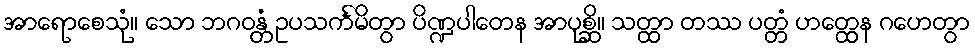
အာရောစေသုံ။ သော ဘဂဝန္တံ ဥပသင်္ကမိတွာ ပိဏ္ဍပါတေန အာပုစ္ဆိ။ သတ္ထာ တဿ ပတ္တံ ဟတ္ထေန ဂဟေတွာ